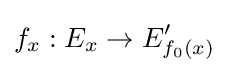
f_{x}:E_{x}\to E'_{f_{0}(x)}